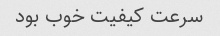
سرعت کیفیت خوب بود